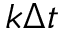
k \Delta t